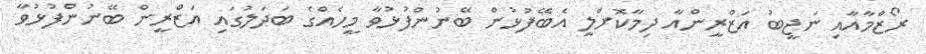
ރޯޒްމާއާއި ނަޖީބު އަޒްރީންއާ ދިމާކޮށްލީ އެބޭފުޅުން ބޭނުންފުޅުވާ މީހެއްގެ ބަދަލުގައި އަޒްރީން ބޭނުންފުޅުވާ